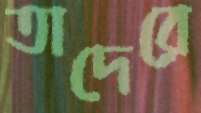
তাদেরে